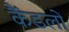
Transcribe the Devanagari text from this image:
कैंडलों